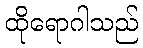
ထိုရောဂါသည်